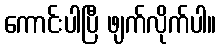
ကောင်းပါပြီ ဖျက်လိုက်ပါ။